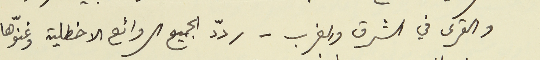
والقرى في الشرق والغرب – ردّد الجميع الروائع الاخطلية وغنّوها